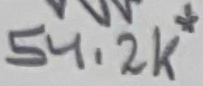
Text: 54.2K*